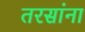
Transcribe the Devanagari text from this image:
तरसांना